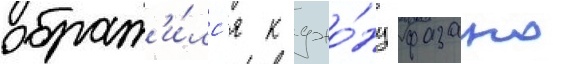
обрат'и́лс'я к джо́ну фазано